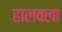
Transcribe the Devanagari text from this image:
हालवला